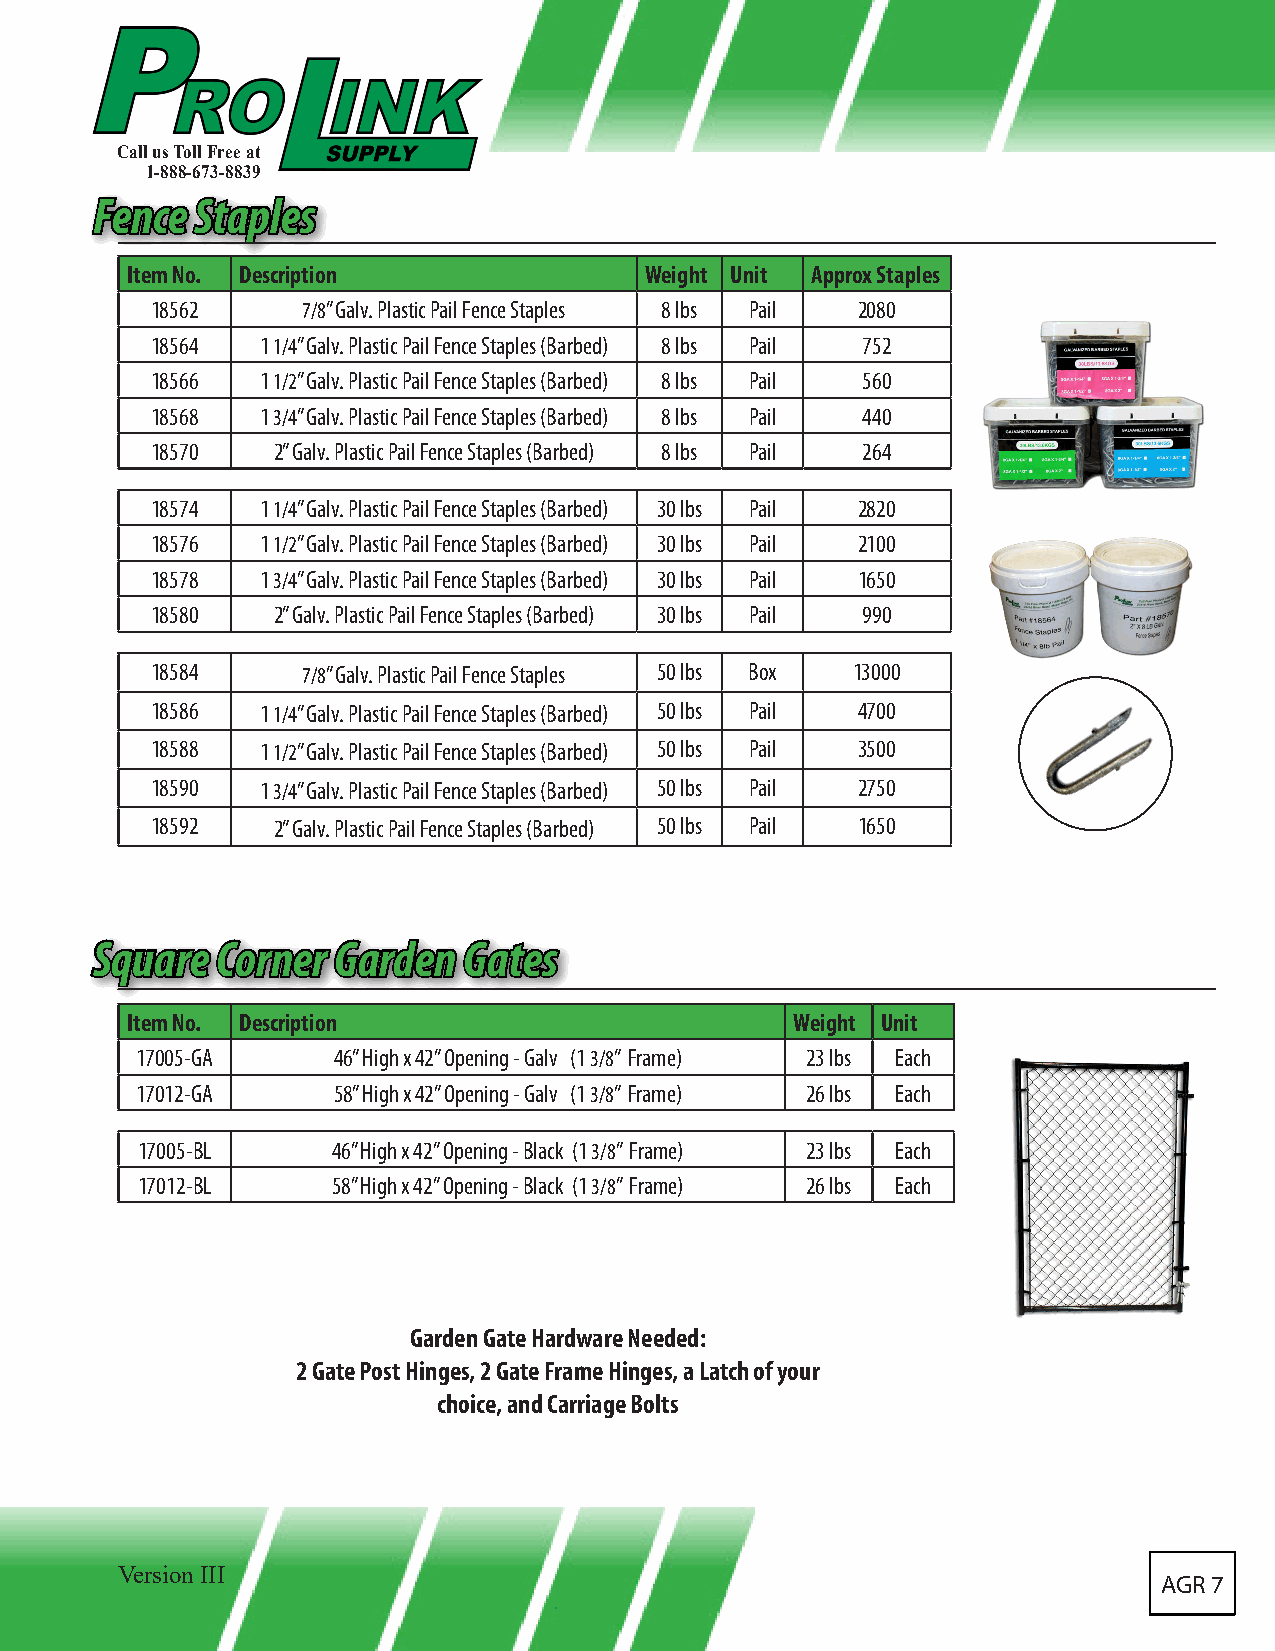
Call us Toll Free at
 1-888-673-8839
 FFeennccee SSttaapplleess
 Item No. Description               Weight Unit Approx Staples
 18562     7/8” Galv. Plastic Pail Fence Staples 8 lbs Pail 2080
 18564  1 1/4” Galv. Plastic Pail Fence Staples (Barbed) 8 lbs Pail 752
 18566  1 1/2” Galv. Plastic Pail Fence Staples (Barbed) 8 lbs Pail 560
 18568  1 3/4” Galv. Plastic Pail Fence Staples (Barbed) 8 lbs Pail 440
 18570   2” Galv. Plastic Pail Fence Staples (Barbed) 8 lbs Pail 264
 18574  1 1/4” Galv. Plastic Pail Fence Staples (Barbed) 30 lbs Pail 2820
 18576  1 1/2” Galv. Plastic Pail Fence Staples (Barbed) 30 lbs Pail 2100
 18578  1 3/4” Galv. Plastic Pail Fence Staples (Barbed) 30 lbs Pail 1650
 18580   2” Galv. Plastic Pail Fence Staples (Barbed) 30 lbs Pail 990
 18584     7/8” Galv. Plastic Pail Fence Staples 50 lbs Box 13000
 18586  1 1/4” Galv. Plastic Pail Fence Staples (Barbed) 50 lbs Pail 4700
 18588  1 1/2” Galv. Plastic Pail Fence Staples (Barbed) 50 lbs Pail 3500
 18590  1 3/4” Galv. Plastic Pail Fence Staples (Barbed) 50 lbs Pail 2750
 18592   2” Galv. Plastic Pail Fence Staples (Barbed) 50 lbs Pail 1650
 SSqquuaarree CCoorrnneerr GGaarrddeenn GGaatteess
 Item No. Description                         Weight Unit
 17005-GA     46” High x 42” Opening - Galv (1 3/8” Frame) 23 lbs Each
 17012-GA     58” High x 42” Opening - Galv (1 3/8” Frame) 26 lbs Each
 17005-BL     46” High x 42” Opening - Black (1 3/8” Frame) 23 lbs Each
 17012-BL     58” High x 42” Opening - Black (1 3/8” Frame) 26 lbs Each
 Garden Gate Hardware Needed:
 2 Gate Post Hinges, 2 Gate Frame Hinges, a Latch of your
 choice, and Carriage Bolts
 Version III
 AGR 7